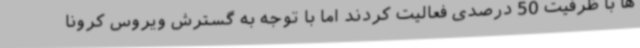
ها با ظرفیت 50 درصدی فعالیت کردند اما با توجه به گسترش ویروس کرونا